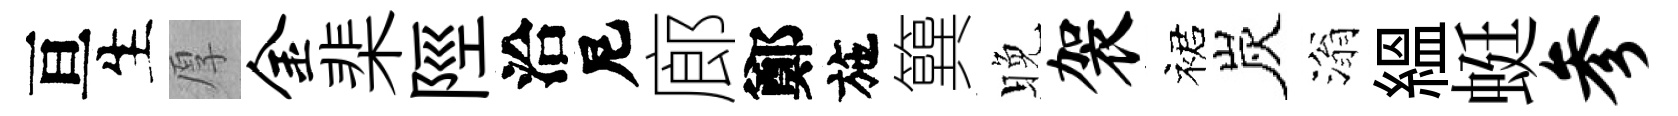
亘生厚金棐陘洽尼廊鄭施簨晚袈裙炭滃緼蜓参